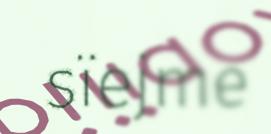
sïejme